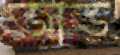
জাড